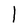
Character: l